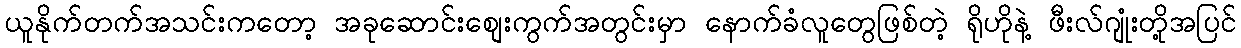
ယူနိုက်တက်အသင်းကတော့ အခုဆောင်းစျေးကွက်အတွင်းမှာ နောက်ခံလူတွေဖြစ်တဲ့ ရိုဟိုနဲ့ ဖီးလ်ဂျုံးတို့အပြင်